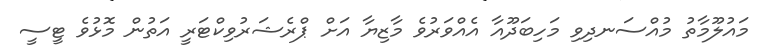
މައުލޫމާތު މުއްސަނދިވި މަހިބަދޫއާ އެއްވަރުވެ މާޒިޔާ އަށް ޕްރެޝަރުވިކްޓަރީ އަތުން މޮޅުވެ ޓީސީ